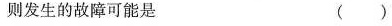
则发生的故障可能是 ( )